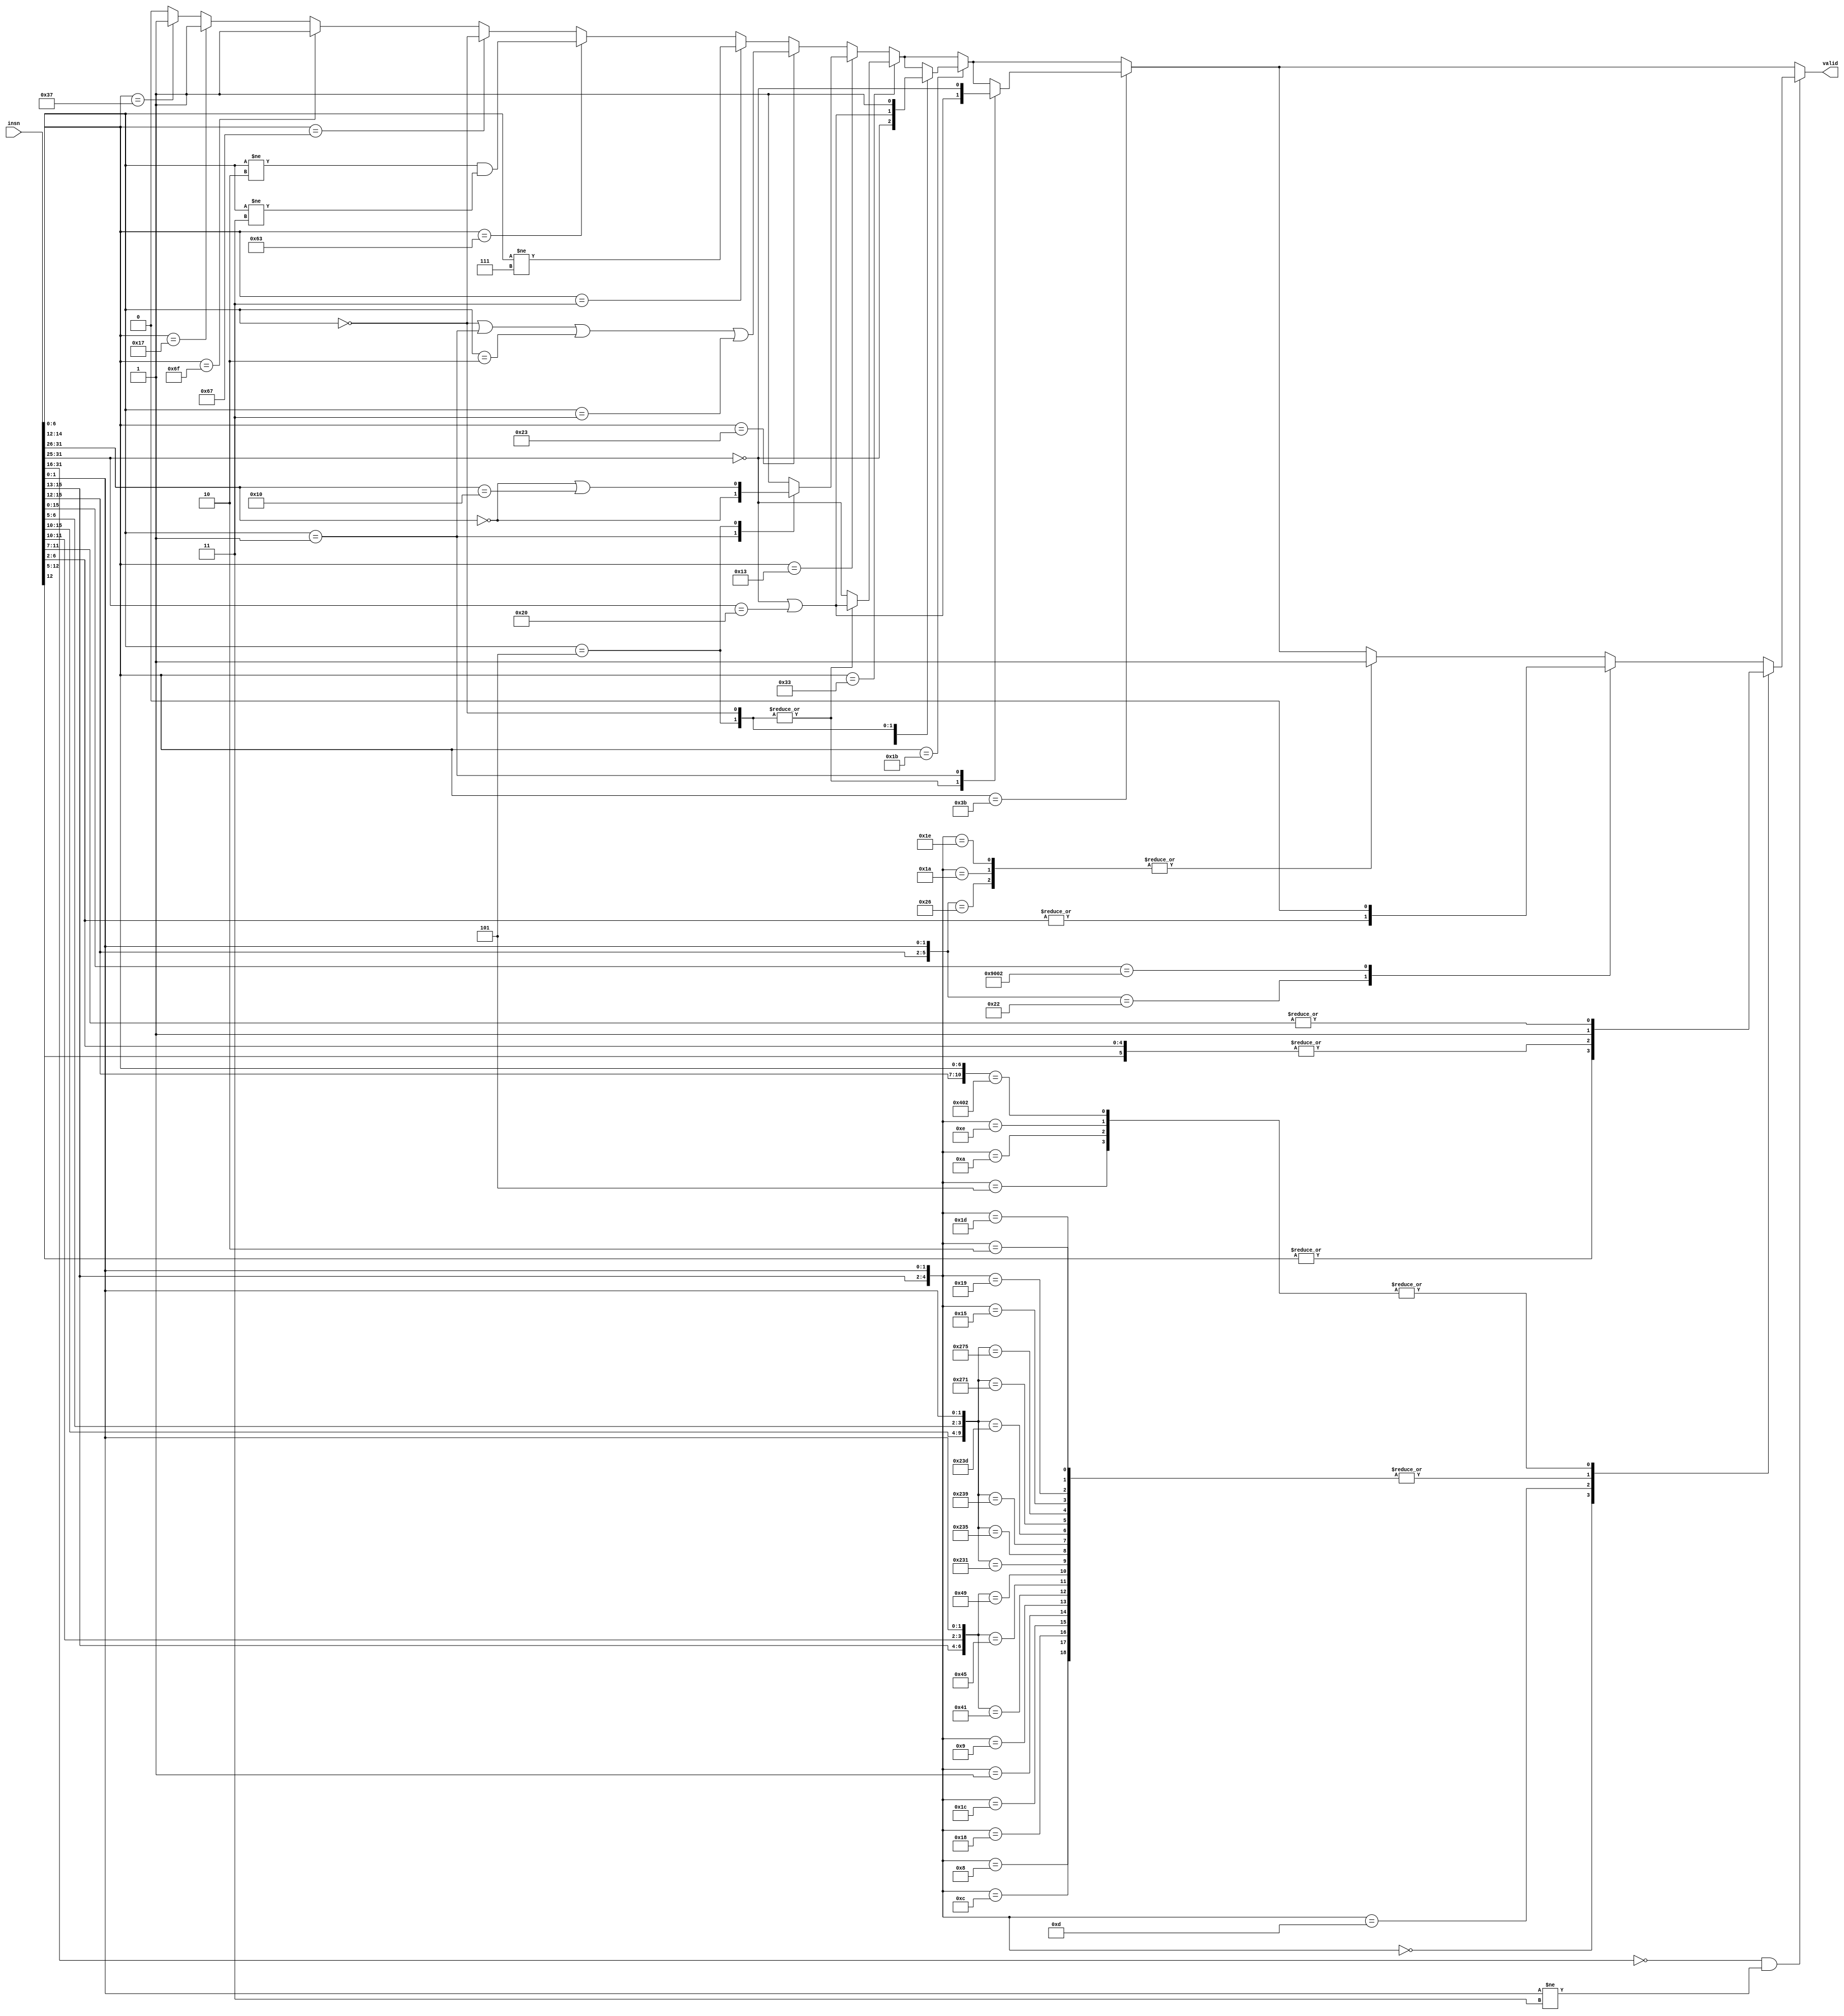
// Check if a given instruction is an RV64IC instruction (without SYSTEM opcode)
//
module riscv_rv64ic_insn (
	input [31:0] insn,
	output reg valid
);
	always @* begin
		valid = 0;

		if (insn[6:0] == 7'b 01_101_11) valid = 1; // LUI
		if (insn[6:0] == 7'b 00_101_11) valid = 1; // AUIPC
		if (insn[6:0] == 7'b 11_011_11) valid = 1; // JAL

		if (insn[6:0] == 7'b 11_001_11) begin // JALR
			valid = insn[14:12] == 3'b 000;
		end

		if (insn[6:0] == 7'b 11_000_11) begin // BRANCH
			valid = (insn[14:12] != 3'b 010) && (insn[14:12] != 3'b 011);
		end

		if (insn[6:0] == 7'b 00_000_11) begin // LOAD
			valid = (insn[14:12] != 3'b 111);
		end

		if (insn[6:0] == 7'b 01_000_11) begin // STORE
			valid = (insn[14:12] == 3'b 000) || (insn[14:12] == 3'b 001) || (insn[14:12] == 3'b 010) || (insn[14:12] == 3'b 011);
		end

		if (insn[6:0] == 7'b 00_100_11) begin // OP-IMM
			case (insn[14:12])
				3'b 001: begin // SLLI
					valid = insn[31:26] == 6'b 000000;
				end
				3'b 101: begin // SRLI SRAI
					valid = (insn[31:26] == 6'b 000000) || (insn[31:26] == 6'b 010000);
				end
				default: begin
					valid = 1;
				end
			endcase
		end

		if (insn[6:0] == 7'b 01_100_11) begin // OP
			case (insn[14:12])
				3'b 000, 3'b 101: begin // ADD SUB SRL SRA
					valid = (insn[31:25] == 7'b 0000000) || (insn[31:25] == 7'b 0100000);
				end
				default: begin
					valid = insn[31:25] == 7'b 0000000;
				end
			endcase
		end

		if (insn[6:0] == 7'b 00_110_11) begin // OP-IMM-32
			case (insn[14:12])
				3'b 001: begin // SLLIW
					valid = insn[31:25] == 7'b 0000000;
				end
				3'b 101: begin // SRLIW SRAIW
					valid = (insn[31:25] == 7'b 0000000) || (insn[31:25] == 7'b 0100000);
				end
				3'b 000: begin // ADDIW
					valid = 1;
				end
			endcase
		end

		if (insn[6:0] == 7'b 01_110_11) begin // OP-32
			case (insn[14:12])
				3'b 000, 3'b 101: begin // ADDW SUBW SRLW SRAW
					valid = (insn[31:25] == 7'b 0000000) || (insn[31:25] == 7'b 0100000);
				end
				3'b 001: begin // SLLW
					valid = insn[31:25] == 7'b 0000000;
				end
			endcase
		end

		if (insn[31:16] == 16'b0 && insn[1:0] != 2'b11) begin
			casez (insn[15:0])
				// RVC -- Quadrant 0
				16'b 000_???_???_??_???_00: valid = |insn[12:5];              // C.ADDI4SPN
				16'b 010_???_???_??_???_00: valid = 1;                        // C.LW
				16'b 011_???_???_??_???_00: valid = 1;                        // C.LD
				16'b 110_???_???_??_???_00: valid = 1;                        // C.SW
				16'b 111_???_???_??_???_00: valid = 1;                        // C.SD

				// RVC -- Quadrant 1
				16'b 000_?_??_???_??_???_01: valid = 1;                       // C.NOP, C.ADDI
				16'b 001_?_??_???_??_???_01: valid = |insn[11:7];             // C.ADDIW
				16'b 010_?_??_???_??_???_01: valid = 1;                       // C.LI
				16'b 011_?_??_???_??_???_01: valid = |{insn[12], insn[6:2]};  // C.ADDI16SP, C.LUI
				16'b 100_?_00_???_??_???_01: valid = 1;                       // C.SRLI
				16'b 100_?_01_???_??_???_01: valid = 1;                       // C.SRAI
				16'b 100_?_10_???_??_???_01: valid = 1;                       // C.ANDI
				16'b 100_0_11_???_00_???_01: valid = 1;                       // C.SUB
				16'b 100_0_11_???_01_???_01: valid = 1;                       // C.XOR
				16'b 100_0_11_???_10_???_01: valid = 1;                       // C.OR
				16'b 100_0_11_???_11_???_01: valid = 1;                       // C.AND
				16'b 100_1_11_???_00_???_01: valid = 1;                       // C.SUBW
				16'b 100_1_11_???_01_???_01: valid = 1;                       // C.ADDW
				16'b 101_?_??_???_??_???_01: valid = 1;                       // C.J
				16'b 110_?_??_???_??_???_01: valid = 1;                       // C.BEQZ
				16'b 111_?_??_???_??_???_01: valid = 1;                       // C.BNEZ

				// RVC -- Quadrant 2
				16'b 000_?_?????_?????_10: valid = 1;                         // C.SLLI
				16'b 010_?_?????_?????_10: valid = |insn[11:7];               // C.LWSP
				16'b 011_?_?????_?????_10: valid = |insn[11:7];               // C.LDSP
				16'b 100_0_?????_00000_10: valid = |insn[11:7];               // C.JR
				16'b 100_0_?????_?????_10: valid = |insn[6:2];                // C.MV
				16'b 100_1_00000_00000_10: valid = 0;                         // C.EBREAK (SYSTEM => valid=0)
				16'b 100_1_?????_?????_10: valid = 1;                         // C.JALR, C.ADD
				16'b 110_?_?????_?????_10: valid = 1;                         // C.SWSP
				16'b 111_?_?????_?????_10: valid = 1;                         // C.SDSP
			endcase
		end
	end
endmodule